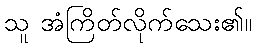
သူ အံကြိတ်လိုက်သေး၏။